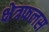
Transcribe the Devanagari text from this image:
क्षेत्रफलस